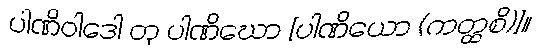
ပါဏိဝါဒေါ တု ပါဏိဃော [ပါဏိယော (ကတ္ထစိ)]။